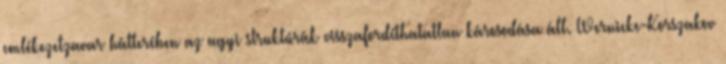
emlékezetzavar hátterében az agyi struktúrák visszafordíthatatlan károsodása áll. Wernicke-Korszakov